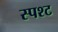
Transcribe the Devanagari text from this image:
स्पश्‍ट